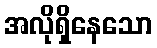
အလိုရှိနေသော